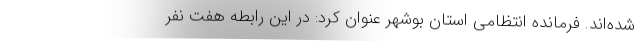
شده‌اند. فرمانده انتظامی استان بوشهر عنوان کرد: در این رابطه هفت نفر